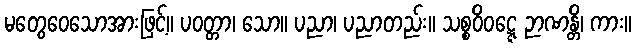
မတွေဝေသောအားဖြင့်။ ပဝတ္တာ၊ သော။ ပညာ၊ ပညာတည်း။ သစ္စဝိဝဋ္ဋေ ဉာဏန္တိ၊ ကား။